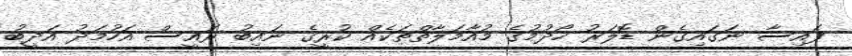
ފައިސާ ނަގައިގެން ޑޮލަރު ހޯދުމުގެ މުއާމަލާތްތަކެއް ކުރީގެ ނައިބު ރައީސް އަހުމަދު އަދީބު